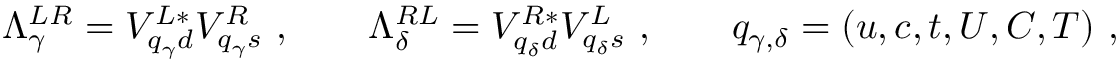
\Lambda _ { \gamma } ^ { L R } = V _ { { q _ { \gamma } } d } ^ { L * } V _ { { q _ { \gamma } } s } ^ { R } \ , \qquad \Lambda _ { \delta } ^ { R L } = V _ { { q _ { \delta } } d } ^ { R * } V _ { { q _ { \delta } } s } ^ { L } \ , \qquad q _ { \gamma , \delta } = ( u , c , t , U , C , T ) \ ,